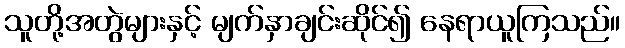
သူတို့အတွဲများနှင့် မျက်နှာချင်းဆိုင်၍ နေရာယူကြသည်။